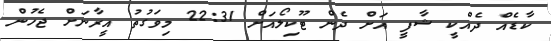
ކާޑެއް ދެއްކީ ޝާފީ އަށް ދެން ޓޫކިލޯއަށް 22:31 މިވަގުތު އީރާނަށް ޖެހުން